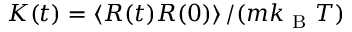
K ( t ) = \left\langle R ( t ) R ( 0 ) \right\rangle / ( m k _ { \mathrm { ~ B ~ } } T )